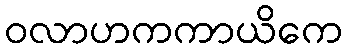
ဝလာဟကကာယိကေ